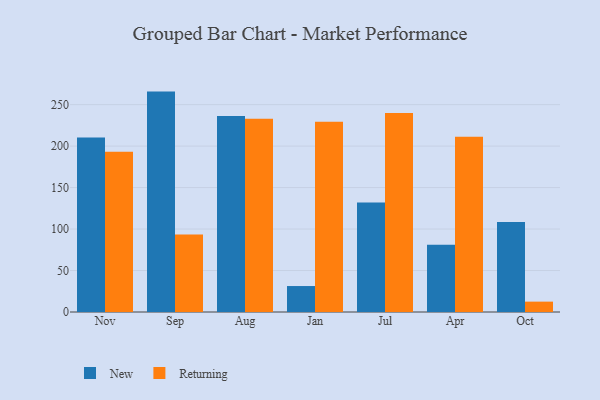
{"axis": {"x": "Month", "y": "Bounce Rate (%)"}, "legend": ["New", "Returning"], "data": [{"x": "Nov", "y": 210.4, "type": "New"}, {"x": "Nov", "y": 193.1, "type": "Returning"}, {"x": "Sep", "y": 265.7, "type": "New"}, {"x": "Sep", "y": 93.3, "type": "Returning"}, {"x": "Aug", "y": 236.4, "type": "New"}, {"x": "Aug", "y": 233.0, "type": "Returning"}, {"x": "Jan", "y": 31.3, "type": "New"}, {"x": "Jan", "y": 229.4, "type": "Returning"}, {"x": "Jul", "y": 131.9, "type": "New"}, {"x": "Jul", "y": 239.9, "type": "Returning"}, {"x": "Apr", "y": 81.1, "type": "New"}, {"x": "Apr", "y": 211.4, "type": "Returning"}, {"x": "Oct", "y": 108.6, "type": "New"}, {"x": "Oct", "y": 12.5, "type": "Returning"}]}